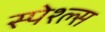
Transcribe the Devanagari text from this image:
स्पेश्ल्स